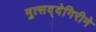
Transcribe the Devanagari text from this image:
मुत्सद्देगिरीने